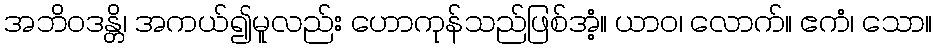
အဘိဝဒန္တိ၊ အကယ်၍မူလည်း ဟောကုန်သည်ဖြစ်အံ့။ ယာဝ၊ လောက်။ ဧကံ၊ သော။